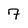
Character: 7